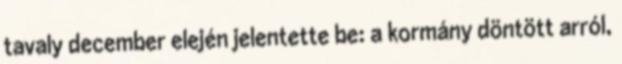
tavaly december elején jelentette be: a kormány döntött arról,